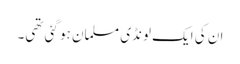
ان کی ایک لونڈی مسلمان ہو گئی تھی۔